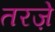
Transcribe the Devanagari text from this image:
तरज़े